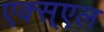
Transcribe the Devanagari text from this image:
एक्स्एल